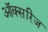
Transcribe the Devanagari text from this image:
ऑक्सरिज